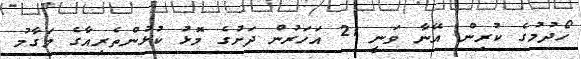
ހޯދުމުގެ ކުރިން އޭނާ ވަނީ 21 އަހަރުން ދަށުގެ މޮޅު ކުޅުންތެރިއާގެ މަގާމު